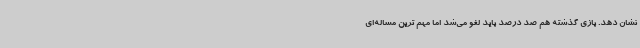
نشان دهد. بازی گذشته هم صد درصد باید لغو می‌شد اما مهم ترین مساله‌ای